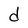
Character: d